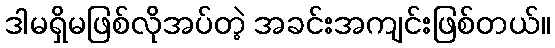
ဒါမရှိမဖြစ်လိုအပ်တဲ့ အခင်းအကျင်းဖြစ်တယ်။